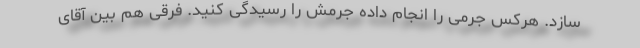
سازد. هرکس جرمی را انجام داده جرمش را رسیدگی کنید. فرقی هم بین آقای